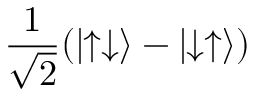
\frac { 1 } { \sqrt { 2 } } ( | \! \! \uparrow \downarrow \rangle - | \! \! \downarrow \uparrow \rangle )